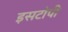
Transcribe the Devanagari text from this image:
इसटोपी